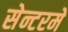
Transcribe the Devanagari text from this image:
सेन्टरमे